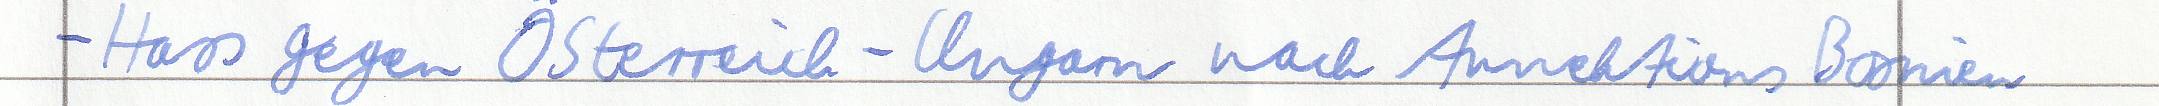
- Hass gegen Österreich - Ungarn nach Annektions Bosnien